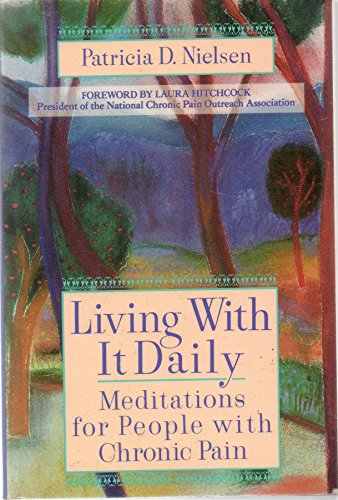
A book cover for Living With it Daily: Meditations for People with Chronic Pain; Patricia D.  Nielsen; Health, Fitness & Dieting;